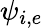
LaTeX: \psi_{i,e}